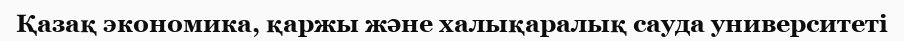
Қазақ экономика, қаржы және халықаралық сауда университеті